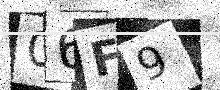
Text: 06F9